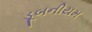
ડૂબનીયમ